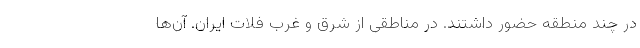
در چند منطقه حضور داشتند. در مناطقی از شرق و غرب فلات ایران. آن‌ها